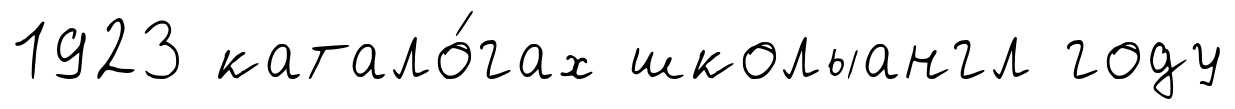
1923 катало́гах школыангл году